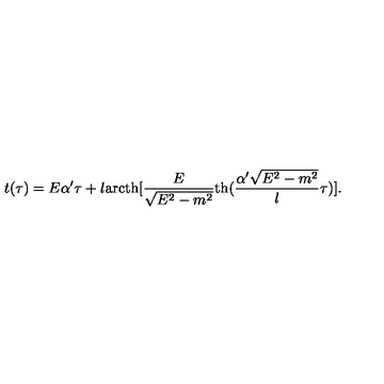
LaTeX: t ( \tau ) = E \alpha ^ { \prime } \tau + l \mathrm { a r c t h } [ \frac { E } { \sqrt { E ^ { 2 } - m ^ { 2 } } } \mathrm { t h } ( \frac { \alpha ^ { \prime } \sqrt { E ^ { 2 } - m ^ { 2 } } } { l } \tau ) ] .